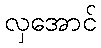
လှအောင်